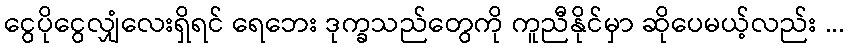
ငွေပိုငွေလျှံလေးရှိရင် ရေဘေး ဒုက္ခသည်တွေကို ကူညီနိုင်မှာ ဆိုပေမယ့်လည်း ...